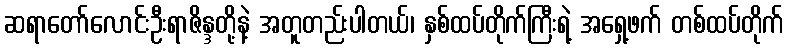
ဆရာတော်လောင်းဦးရာဇိန္ဒတို့နဲ့ အတူတည်းပါတယ်၊ နှစ်ထပ်တိုက်ကြီးရဲ့ အရှေ့ဖက် တစ်ထပ်တိုက်